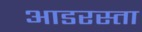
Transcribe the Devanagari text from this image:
आडरस्ता